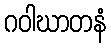
ဂဝါဃာတနံ